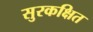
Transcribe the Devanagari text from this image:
सुरकक्षित